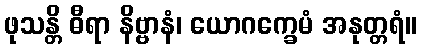
ဖုသန္တိ ဓီရာ နိဗ္ဗာနံ၊ ယောဂက္ခေမံ အနုတ္တရံ။